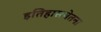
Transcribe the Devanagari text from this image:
इतिहासचेतना